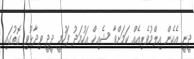
ދީނީ އެހެން އިލްމުވެރިއެއް ކަމަށްވާ ޝެއިޚް އަހުމަދު ފަހުމީ ދީދީ ވިދާޅުވި ގޮތުގައި